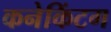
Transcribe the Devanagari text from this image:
कनेकिंटग